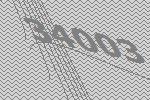
34003